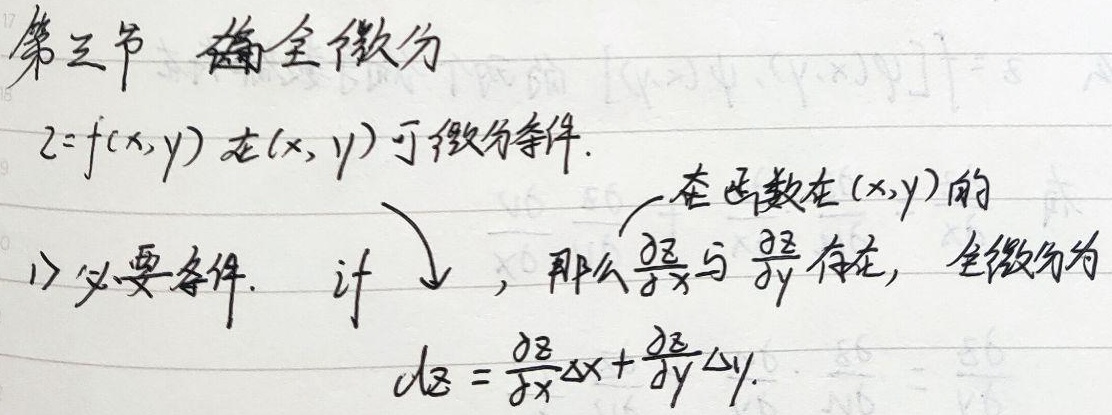
### 第三节 全微分
\(z = f(x,y)\) 在\((x,y)\)可微分的条件。
1. **必要条件**：若函数\(z = f(x,y)\)在\((x,y)\)可微，那么\(\frac{\partial z}{\partial x}\)与\(\frac{\partial z}{\partial y}\)存在，全微分为\(dz=\frac{\partial z}{\partial x}\Delta x+\frac{\partial z}{\partial y}\Delta y\)。